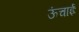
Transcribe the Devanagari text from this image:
ऊंचाईः